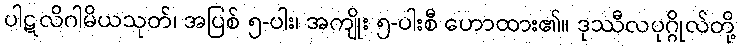
ပါဋလိဂါမိယသုတ်၊ အပြစ် ၅-ပါး၊ အကျိုး ၅-ပါးစီ ဟောထား၏။ ဒုဿီလပုဂ္ဂိုလ်တို့